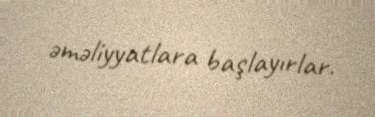
əməliyyatlara başlayırlar.